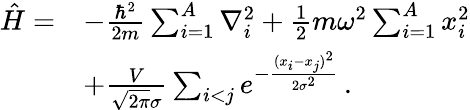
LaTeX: \begin{array}{rl}{\hat{H}=}&{-\frac{\hbar^{2}}{2m}\sum_{i=1}^{A}\nabla_{i}^{2}+\frac{1}{2}m\omega^{2}\sum_{i=1}^{A}x_{i}^{2}}\\ &{+\frac{V}{\sqrt{2\pi}\sigma}\sum_{i<j}e^{-\frac{(x_{i}-x_{j})^{2}}{2\sigma^{2}}}\, .}\end{array}